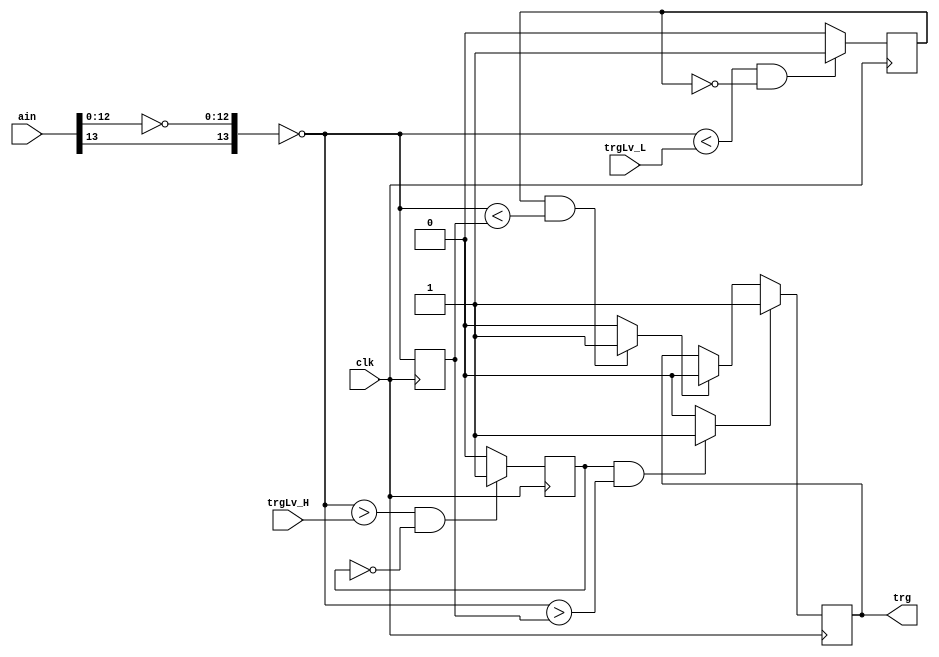
`timescale 1ns / 1ps

//14'h2300<- 3V TRG LEVEL
//v0 : simple compalator
//v1 : posedge detection
//v2 : more simple code
//v3 : Schmitt trigger

module trig_modv3(ain,clk,trg,trgLv_H,trgLv_L);
input [0:0]  clk;
input [13:0] ain;
input signed [13:0] trgLv_H;
input signed [13:0] trgLv_L;
output  trg;

reg Hflg;					//Analog comparator flag(trgLv_H)
reg Lflg;					//Analog comparator flag(trgLv_L)
reg trgreg;					//trigger out reg
reg signed [13:0] predata;	//before 1 clk Analog data reg

wire LH_edge;				//Analog posedge flag
wire HL_edge;				//Analog negedge flag
wire signed [13:0] step0;	//converted Analoginput

assign step0 = ~{ain[13],~ain[12:0]};	//offset binary to signed data

always @(posedge clk)begin		//when step0 > trgLv_H, Hflg:H
    if(step0>trgLv_H && Hflg==1'b0)
        Hflg = 1'b1;
    else
        Hflg = 1'b0;
end

always @(posedge clk)begin		//when step0 < trgLv_L, Lflg:H
    if(step0<trgLv_L && Lflg==1'b0)
        Lflg = 1'b1;
    else
        Lflg = 1'b0;
end

always @(posedge clk)begin		//before 1clk data
        predata <= step0;
end

always @(posedge clk)begin		//posedge:L->H, negedge:H->L, else X->X
    if(LH_edge)
        trgreg <= 1'b1;
    else if(HL_edge)
        trgreg <= 1'b0;
	else 
		trgreg <= trgreg;
end


assign LH_edge = (Hflg && step0 > predata)? 1'b1:1'b0;	//posedge
assign HL_edge = (Lflg && step0 < predata)? 1'b1:1'b0;  //negedge

assign trg = trgreg;

endmodule

//                *normal palse	*noisy palse				*impalse nois
//																*low level nois
//				       __		     _   _                 	
//trgLv_H---	      /	 \		    / \_/ \   _            	|
//				     /	  \		   /       \_/ \   _       	|
//trgLv_L---	    /	   \	  /             \_/ \      	|
//				   /	    \	 /                   \     	|	 	/\
//				__/			 \__/                     \_____|___/\_/  \__
//Hflg			______----__________---_---_________________-____________
//Lflg			-----______--------_____________---_--------_------------
//LHedge		______-_____________-___-________________________-___--__
//HLedge		___________---__________________-___---__________________
//trgreg		______-----_________------------_________________________
//
//	If Hflg is falsely detected by impalse noise,
//	it will be canceled by the HLedge by low level nois.
//
//	LH(HL)edge is detect Analog edge. ex:3V->5V(5V->3V) (*not disital edge, ex: Hflg L->H)